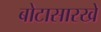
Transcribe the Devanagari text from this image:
बोटासारखे